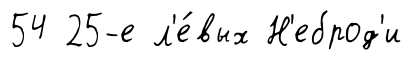
54 25-е л'е́вых Н'еброд'и